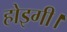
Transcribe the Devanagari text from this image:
होइगी।